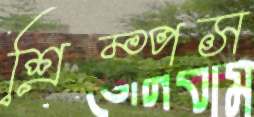
শ্রিম্পস